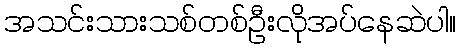
အသင်းသားသစ်တစ်ဦးလိုအပ်နေဆဲပါ။